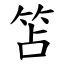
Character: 笘